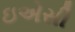
ઇએસી